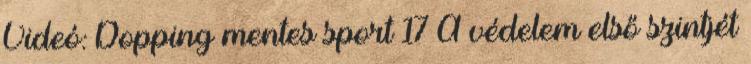
Videó: Dopping mentes sport 17 A védelem első szintjét